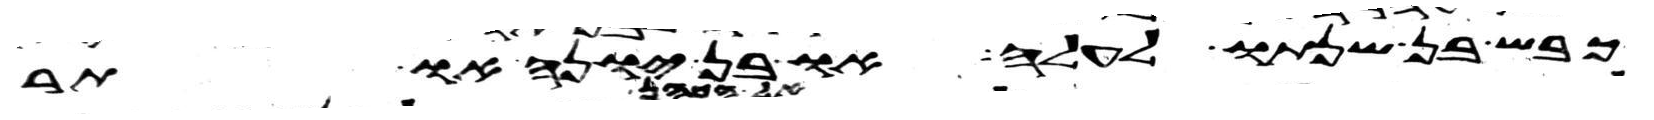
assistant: כבש בן שנתו לעלה או בן יונה או תר